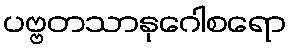
ပဗ္ဗတသာနုဂေါစရော